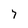
Character: 7